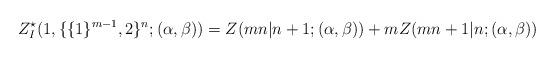
LaTeX: \begin{align*}\begin{aligned}Z^{\star}_{I}(1,\{\{1\}^{m-1},2\}^{n};(\alpha,\beta))=Z(mn|n+1;(\alpha,\beta))+mZ(mn+1|n;(\alpha,\beta))\end{aligned}\end{align*}